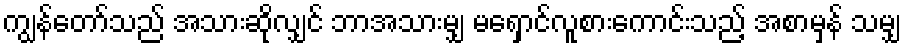
ကျွန်တော်သည် အသားဆိုလျှင် ဘာအသားမျှ မရှောင်လူစားကောင်းသည့် အစာမှန် သမျှ